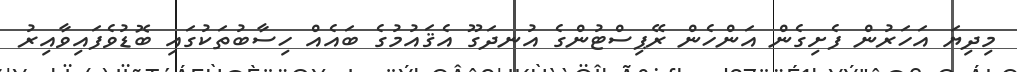
މިދިޔަ އަހަރުން ފެށިގެން އަންހެން ރޭޕިސްޓުންގެ އުނދަގޫ އެޤައުމުގެ ބައެއް ހިސާބުތަކުގައި ބޮޑުވެފައިވާއިރު